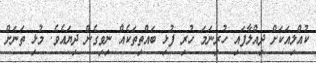
ކުއްލިއަކަށް ދިއްލާފައި ހުރިނަމަ ހުރި ފުޅި ބައްތިތަކެއް ނިވިގެން ދިޔައެވެ. މުޅި ތަނަށް